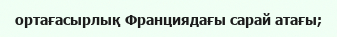
ортағасырлық Франциядағы сарай атағы;